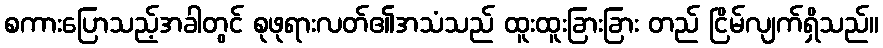
စကားပြောသည့်အခါတွင် စုဖုရားလတ်၏အသံသည် ထူးထူးခြားခြား တည် ငြိမ်လျက်ရှိသည်။